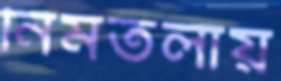
নিমতলায়